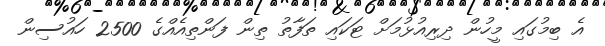
އެ ބިމުގައި މީހުން ދިރިއުޅުމަށް ޓަކައި ތަފާތު ތިން ފަންތިއެއްގެ 2500 ހައުސިން